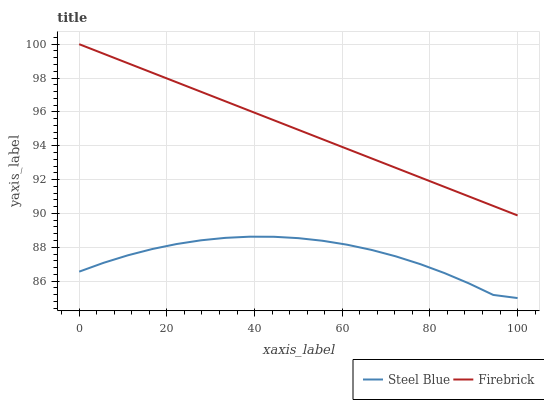
| xaxis_label | Steel Blue | Firebrick |
 | --- | --- | --- |
 | 0 | 86.6 | 100 |
 | 5.56 | 87.1 | 99.4 |
 | 11.1 | 87.5 | 98.9 |
 | 16.7 | 87.9 | 98.3 |
 | 22.2 | 88.2 | 97.8 |
 | 27.8 | 88.4 | 97.2 |
 | 33.3 | 88.6 | 96.6 |
 | 38.9 | 88.6 | 96.1 |
 | 44.4 | 88.6 | 95.5 |
 | 50 | 88.5 | 94.9 |
 | 55.6 | 88.4 | 94.4 |
 | 61.1 | 88.2 | 93.8 |
 | 66.7 | 87.8 | 93.3 |
 | 72.2 | 87.5 | 92.7 |
 | 77.8 | 87 | 92.1 |
 | 83.3 | 86.5 | 91.6 |
 | 88.9 | 85.9 | 91 |
 | 94.4 | 85.2 | 90.4 |
 | 100 | 85 | 89.9 |